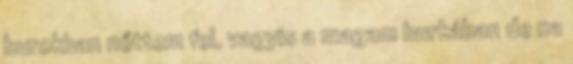
burokban nőttem fel, vagyis a magam burkában de na